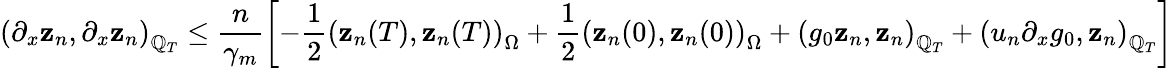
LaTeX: \left(\partial_{x}\mathbf{z}_{n},\partial_{x}\mathbf{z}_{n}\right)_{\mathbb{Q}_{T}}\leq\frac{{n}}{{\gamma_{m}}}\left[-\frac{{1}}{{2}}\left(\mathbf{z}_{n}(T),\mathbf{z}_{n}(T)\right)_{\Omega}+\frac{{1}}{{2}}\left(\mathbf{z}_{n}(0),\mathbf{z}_{n}(0)\right)_{\Omega}+\left(g_{0}\mathbf{z}_{n},\mathbf{z}_{n}\right)_{\mathbb{Q}_{T}}+\left(u_{n}\partial_{x}g_{0},\mathbf{z}_{n}\right)_{\mathbb{Q}_{T}}\right]